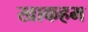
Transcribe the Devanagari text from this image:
खाकहम